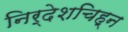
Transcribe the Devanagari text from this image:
निर्देशचिह्न